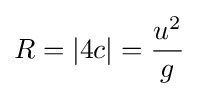
R=|4c|={\frac {u^{2}}{g}}